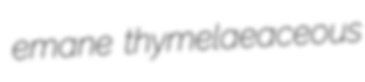
emane thymelaeaceous